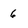
Character: 6